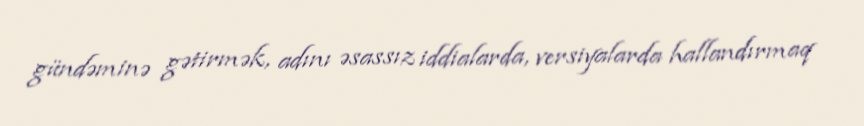
gündəminə gətirmək, adını əsassız iddialarda, versiyalarda hallandırmaq